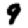
Digit: 9